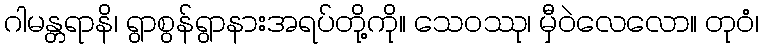
ဂါမန္တရာနိ၊ ရွာစွန်ရွာနားအရပ်တို့ကို။ သေဝဿု၊ မှီဝဲလေလော။ တုဝံ၊